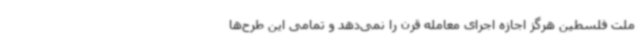
ملت فلسطین هرگز اجازه اجرای معامله قرن را نمی‌دهد و تمامی این طرح‌ها